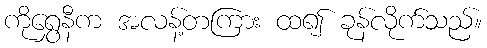
ကိုရွှေနီက အလန့်တကြား ထ၍ ခုန်လိုက်သည်။